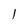
Character: 1